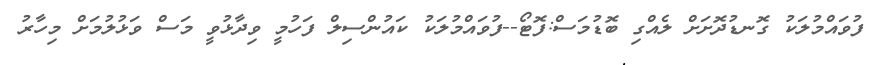
ފުވައްމުލަކު ގޮނޑުދޮށަށް ލެއްގި ބޮޑުމަސް:ފޮޓޯ--ފުވައްމުލަކު ކައުންސިލް ފަހުމީ ވިދާޅުވީ މަސް ވަޅުލުމަށް މިހާރު